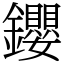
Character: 𨰃